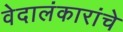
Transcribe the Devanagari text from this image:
वेदालंकारांचे